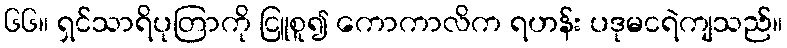
၆၆။ ရှင်သာရိပုတြာကို ငြူစူ၍ ကောကာလိက ရဟန်း ပဒုမငရဲကျသည်။